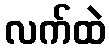
လက်ထဲ